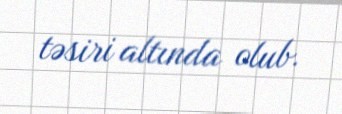
təsiri altında olub.